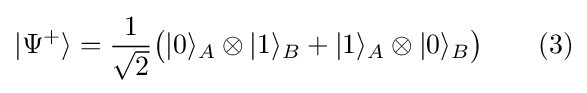
|\Psi ^{+}\rangle ={\frac {1}{\sqrt {2}}}{\big (}|0\rangle _{A}\otimes |1\rangle _{B}+|1\rangle _{A}\otimes |0\rangle _{B}{\big )}\qquad (3)